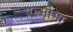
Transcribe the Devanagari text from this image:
एल्गोमा